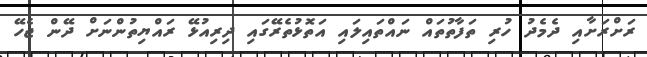
ރަށްރަށާއި ދެމެދު ހުރި ތަފާތުތައް ނައްތައިލައި އަތޮޅުތެރޭގައި ދިރިއުޅޭ ރައްޔިތުންނަށް ދޭން ޖެހޭ